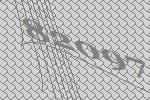
82097